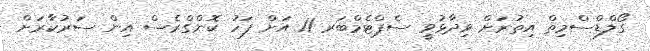
ގޯލްޑްސްމިތް އިތުރަށް ވިދާޅުވީ ސެޕްޓެމްބަރ 11 އަށް ފަހު ކޮންގްރެސް އިން ސަރުކާރަށް